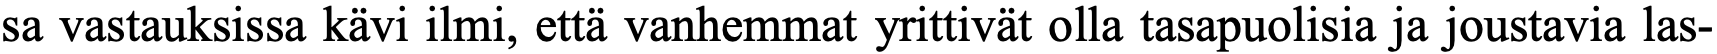
sa vastauksissa kävi ilmi, että vanhemmat yrittivät olla tasapuolisia ja joustavia las-